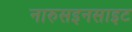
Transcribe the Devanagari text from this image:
नारुसइनसाइट